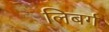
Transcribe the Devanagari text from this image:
लिबर्ग